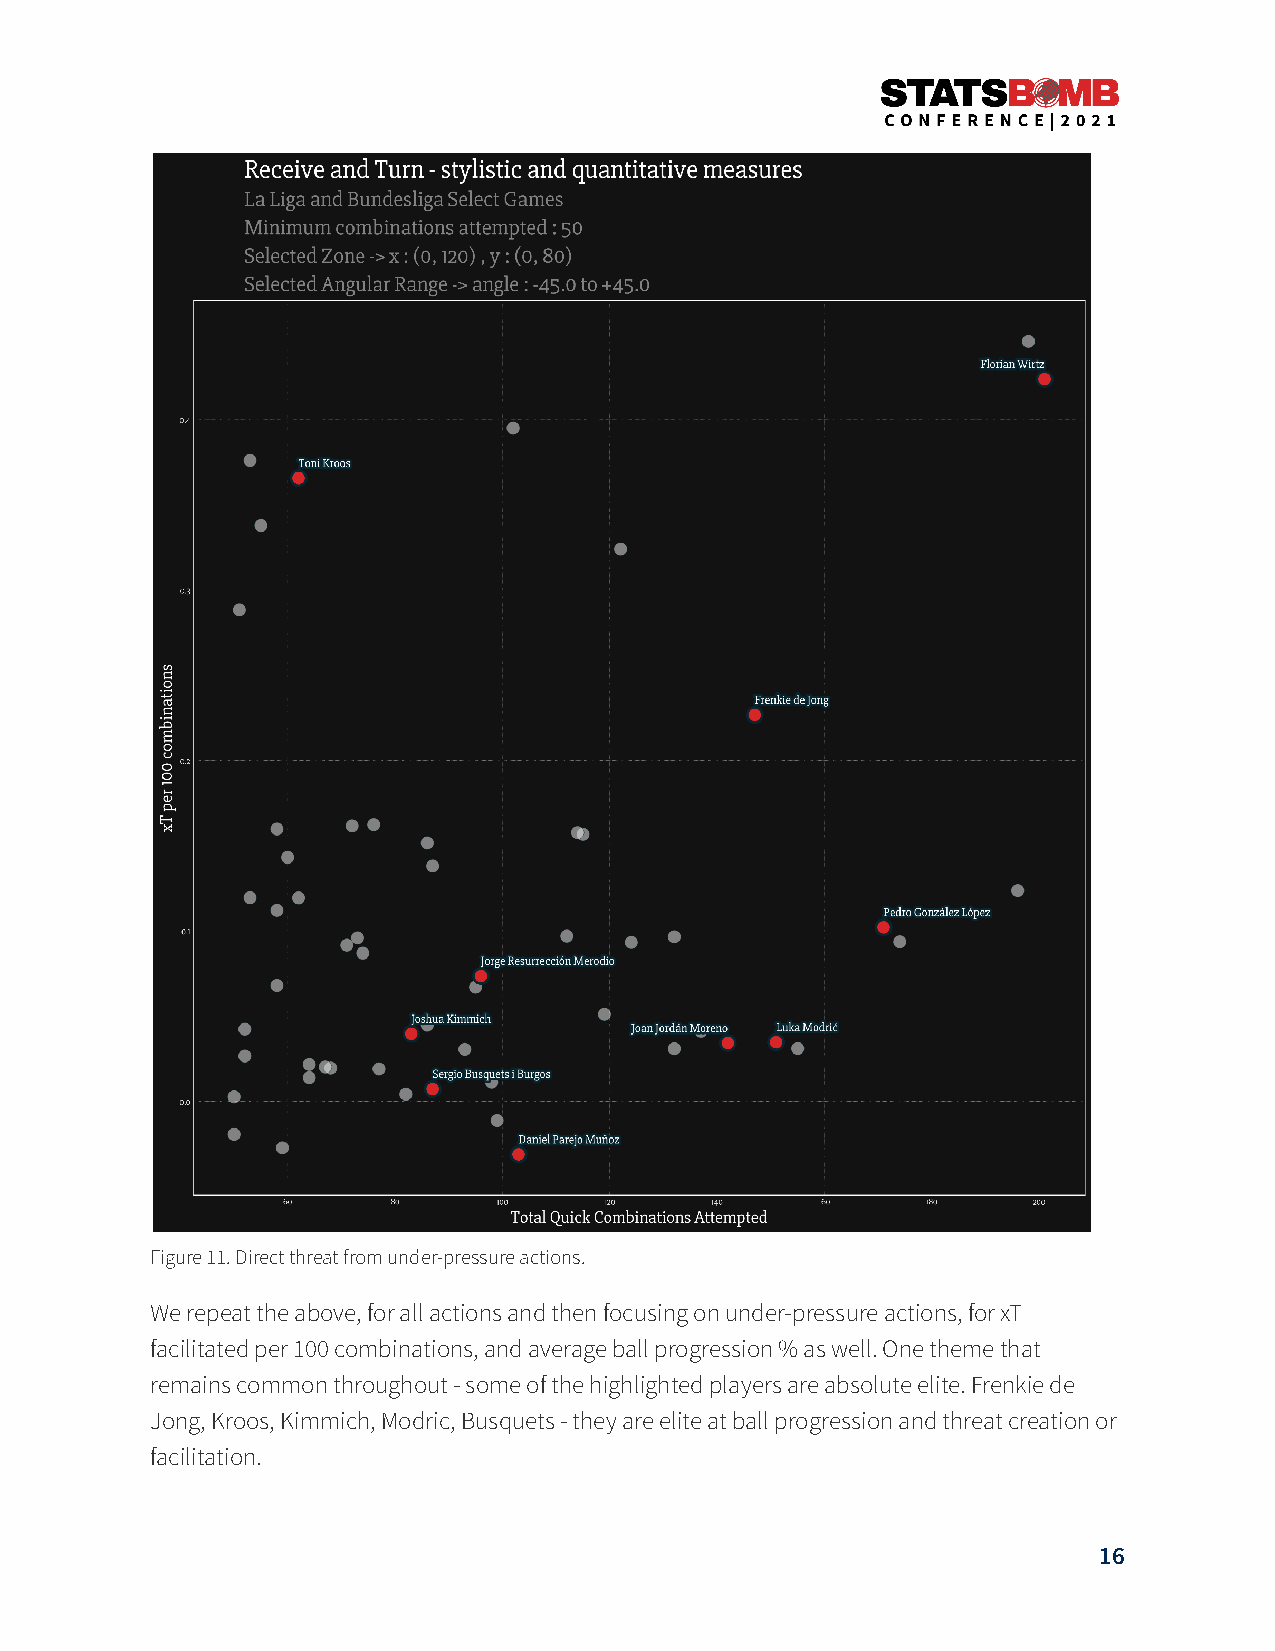
Figure 11. Direct threat from under-pressure actions.
 We repeat the above, for all actions and then focusing on under-pressure actions, for xT
 facilitated per 100 combinations, and average ball progression % as well. One theme that
 remains common throughout - some of the highlighted players are absolute elite. Frenkie de
 Jong, Kroos, Kimmich, Modric, Busquets - they are elite at ball progression and threat creation or
 facilitation.
 16